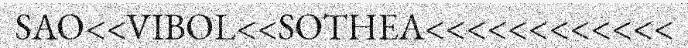
SAO<<VIBOL<<SOTHEA<<<<<<<<<<<<